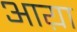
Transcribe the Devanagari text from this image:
आय़ा